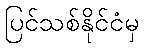
ပြင်သစ်နိုင်ငံမှ